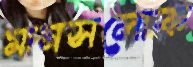
মানসলোক